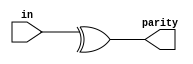
module top_module (
    input [7:0] in,
    output parity
); 
    // Parity logic: Calculate even parity bit using reduction XOR
    assign parity = ^in;
endmodule